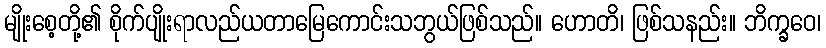
မျိုးစေ့တို့၏ စိုက်ပျိုးရာလည်ယတာမြေကောင်းသဘွယ်ဖြစ်သည်။ ဟောတိ၊ ဖြစ်သနည်း။ ဘိက္ခဝေ၊